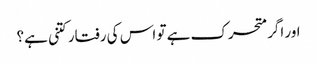
اور اگر متحرک ہے تو اس کی رفتار کتنی ہے؟